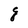
Character: q